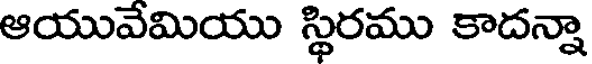
ఆయువేమియు స్థిరము కాదన్నా